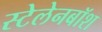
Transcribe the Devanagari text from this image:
स्टेलेनबॉश